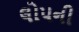
લોપની